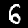
Digit: 6